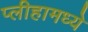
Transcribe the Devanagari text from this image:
प्लीहामध्ये